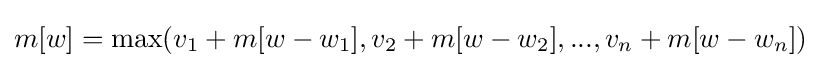
m[w]=\max(v_{1}+m[w-w_{1}],v_{2}+m[w-w_{2}],...,v_{n}+m[w-w_{n}])